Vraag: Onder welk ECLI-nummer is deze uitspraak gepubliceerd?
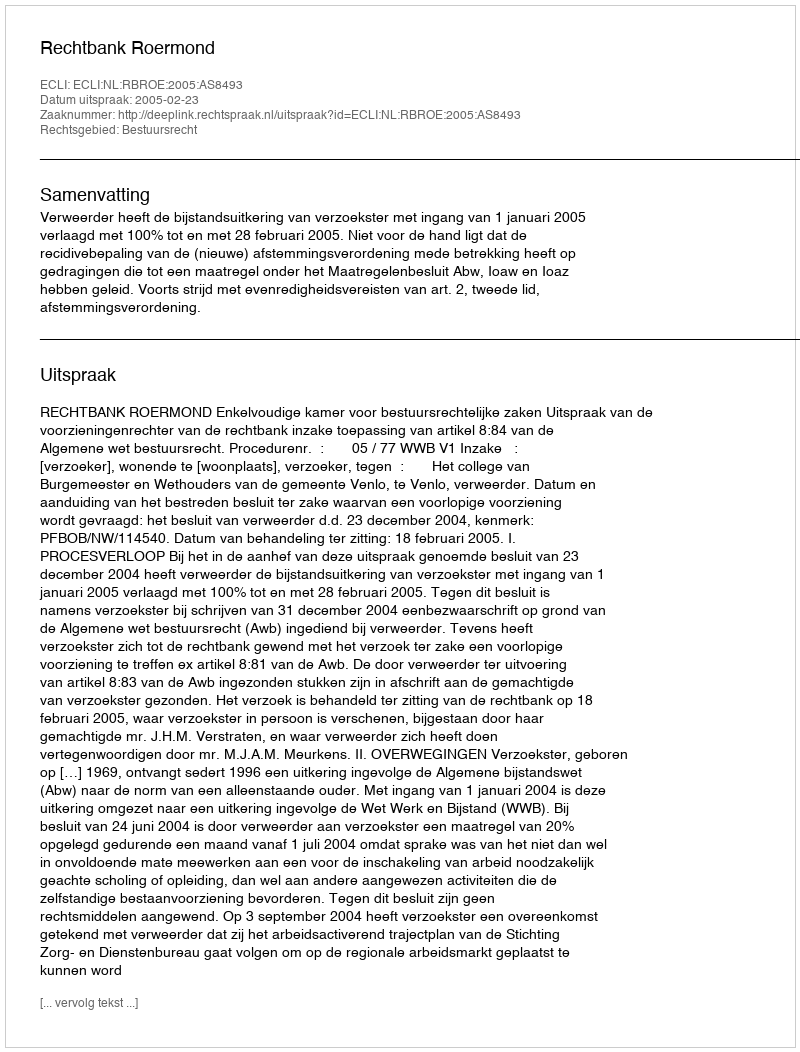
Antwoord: ECLI:NL:RBROE:2005:AS8493